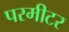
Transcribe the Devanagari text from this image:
परमीटर